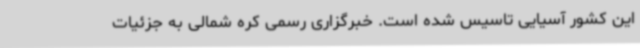
این کشور آسیایی تاسیس شده است. خبرگزاری رسمی کره شمالی به جزئیات